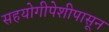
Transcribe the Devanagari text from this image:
सहयोगीपेशीपासून